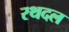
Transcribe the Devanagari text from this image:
रथदल